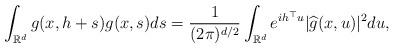
LaTeX: \begin{align*}\int_{\mathbb{R}^d}g(x,h+s)g(x, s)ds &= \frac{1}{(2\pi)^{d/2}}\int_{\mathbb{R}^d}e^{ih^{\top}u}|\widehat g(x,u)|^2du,\end{align*}